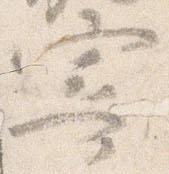
寄